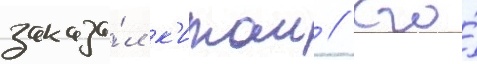
заказа́л к'итаи // Его́